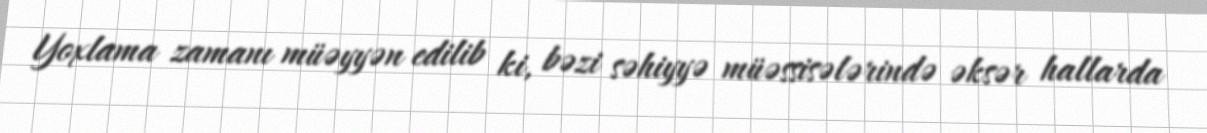
Yoxlama zamanı müəyyən edilib ki, bəzi səhiyyə müəssisələrində əksər hallarda